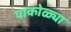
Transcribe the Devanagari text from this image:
पाकोळ्या